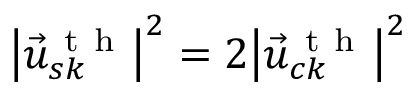
{ { \left| { { { \vec { u } } } ^ { \mathrm { ~ t ~ h ~ } } } _ { s k } \right| } ^ { 2 } } = 2 { { \left| { { { \vec { u } } } ^ { \mathrm { ~ t ~ h ~ } } } _ { c k } \right| } ^ { 2 } }